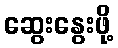
ဆွေးနွေးဖို့